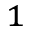
^ 1